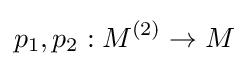
p_{1},p_{2}:M^{(2)}\to M